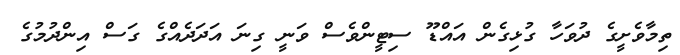
ތިމާވެށީގެ ދުވަހާ ގުޅިގެން އައްޑޫ ސިޓީންވެސް ވަނީ ގިނަ އަދަދެއްގެ ގަސް އިންދުމުގެ